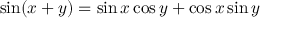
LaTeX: \sin ( x + y ) = \sin { x } \cos y + \cos x \sin y